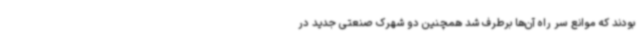
بودند که موانع سر راه آن‌ها برطرف شد همچنین دو شهرک صنعتی جدید در